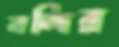
নন্দির